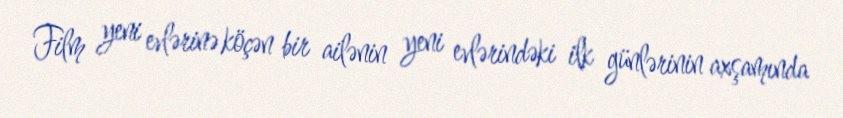
Film yeni evlərinə köçən bir ailənin yeni evlərindəki ilk günlərinin axşamında